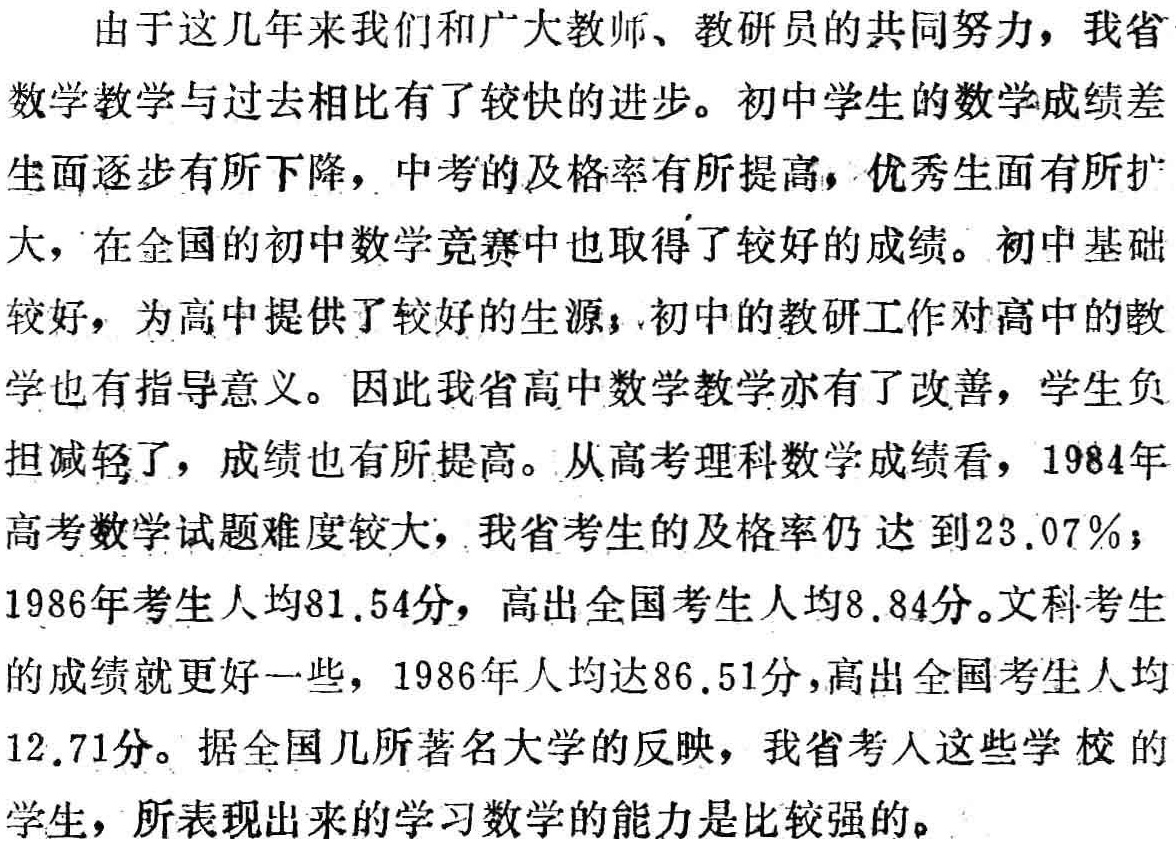
由于这几年来我们和广大教师、教研员的共同努力，我省
数学教学与过去相比有了较快的进步。初中学生的数学成绩差
生面逐步有所下降，中考的及格率有所提高，优秀生面有所扩
大，在全国的初中数学竞赛中也取得了较好的成绩。初中基础
较好，为高中提供了较好的生源；初中的教研工作对高中的教
学也有指导意义。因此我省高中数学教学亦有了改善，学生负
担减轻了，成绩也有所提高。从高考理科数学成绩看，1984年
高考数学试题难度较大，我省考生的及格率仍达到23.07%；
1986年考生人均81.54分，高出全国考生人均8.84分。文科考生
的成绩就更好一些，1986年人均达86.51分，高出全国考生人均
12.71分。据全国几所著名大学的反映，我省考人这些学校的
学生，所表现出来的学习数学的能力是比较强的。